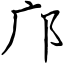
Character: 邝